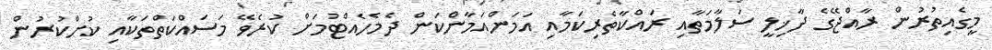
މީގެއިތުރުން ރާއްޖޭގެ ދާޚިލީ ސަލާމަތާއި ރައްކާތެރިކަމާއި އަމަންއަމާންކަން ދެމެހެއްޓުމަށް ކުރެވޭ މަސައްކަތްތަކާއި ކުށްކުރުން